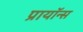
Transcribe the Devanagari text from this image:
प्रायॉन्स